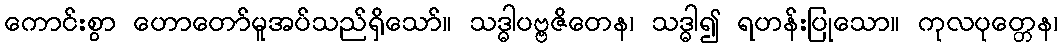
ကောင်းစွာ ဟောတော်မူအပ်သည်ရှိသော်။ သဒ္ဓါပဗ္ဗဇိတေန၊ သဒ္ဓါ၍ ရဟန်းပြုသော။ ကုလပုတ္တေန၊